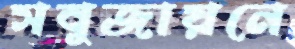
সবুজায়নে